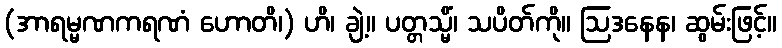
(အာရမ္မဏကရဏံ ဟောတိ၊) ဟိ၊ ချဲ့။ ပတ္တသ္မိံ၊ သပိတ်ကို။ ဩဒနေန၊ ဆွမ်းဖြင့်။